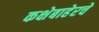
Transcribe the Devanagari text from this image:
कक्षेबाहेरचे